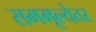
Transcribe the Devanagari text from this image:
सममूल्येतर